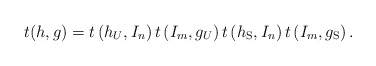
\begin{align*} t(h,g)=t\left(h_U,I_n\right)t\left(I_m,g_U\right)t\left(h_\mathrm{S},I_n\right)t\left(I_m,g_\mathrm{S}\right). \end{align*}